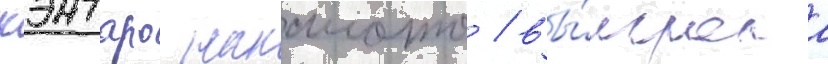
кэнтаро накамото / вы́играла